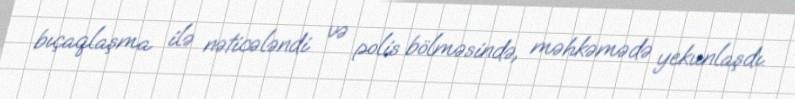
bıçaqlaşma ilə nəticələndi və polis bölməsində, məhkəmədə yekunlaşdı.